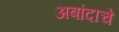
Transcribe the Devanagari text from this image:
अबांदाचे